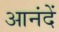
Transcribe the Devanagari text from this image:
आनंदें